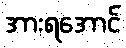
အားရအောင်